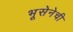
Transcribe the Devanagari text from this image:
भूसेनेची